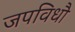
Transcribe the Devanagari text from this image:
जपविधौ